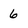
Character: 6